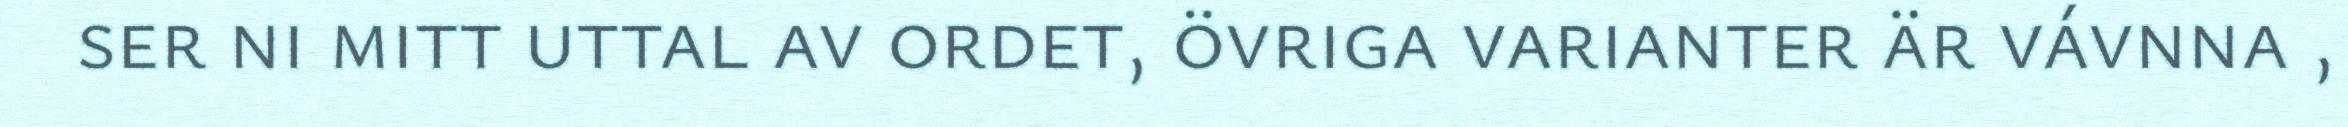
ser ni mitt uttal av ordet, övriga varianter är vávnna ,